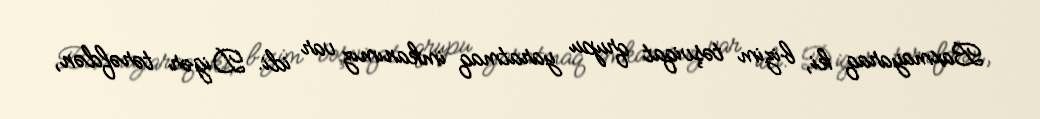
Baxmayaraq ki, bizim təşviqat qrupu yaratmaq imkanımız var idi. Digər tərəfdən,